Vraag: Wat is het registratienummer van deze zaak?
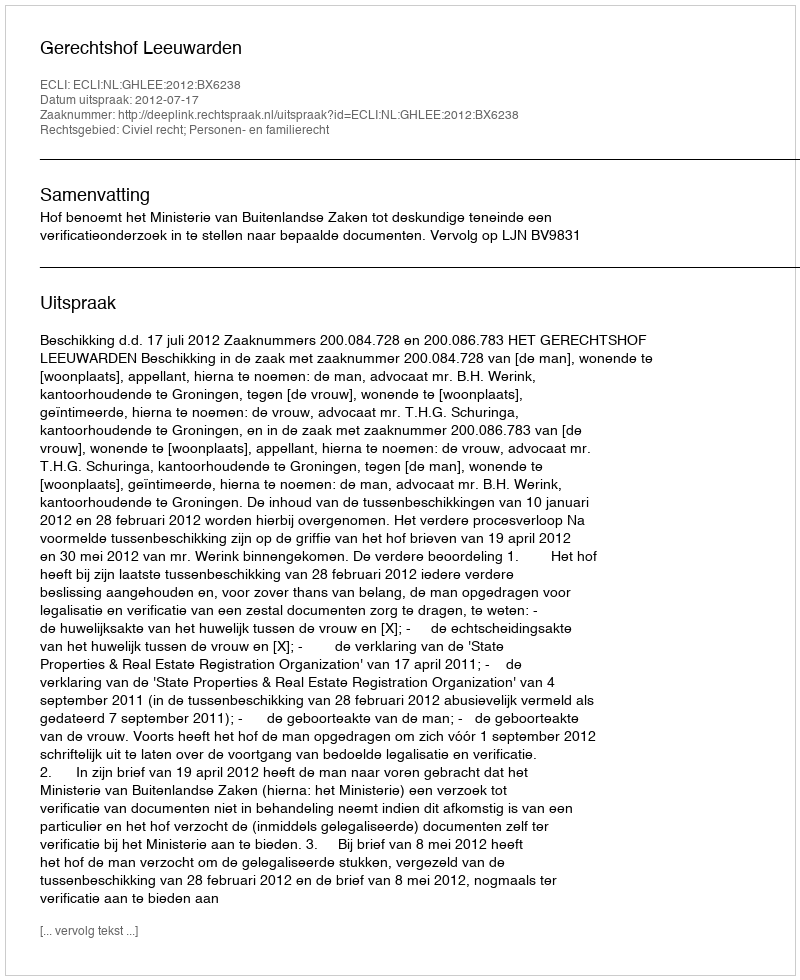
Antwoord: http://deeplink.rechtspraak.nl/uitspraak?id=ECLI:NL:GHLEE:2012:BX6238